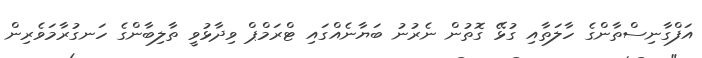
އަފްގާނިސްތާންގެ ހާލަތާއި ގުޅޭ ގޮތުން ނެރުނު ބަޔާނެއްގައި ޓްރަމްޕް ވިދާޅުވީ ތާލިބާންގެ ހަނގުރާމަވެރިން